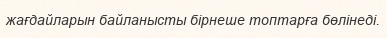
жағдайларын байланысты бірнеше топтарға бөлінеді.